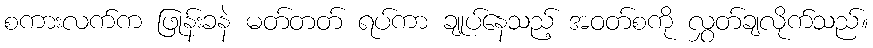
စကားလက်က ဖြုန်းခနဲ မတ်တတ် ရပ်ကာ ချုပ်နေသည့် အဝတ်စကို လွှတ်ချလိုက်သည်။